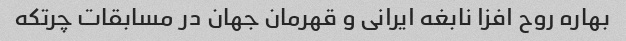
بهاره روح افزا نابغه ایرانی و قهرمان جهان در مسابقات چرتکه